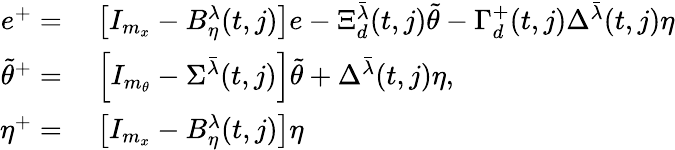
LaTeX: \begin{array}{rl}{e^{+}=}&{\ \big[I_{m_{x}}-B_{\eta}^{\lambda}(t,j)\big]e-\Xi_{d}^{\bar{\lambda}}(t,j)\tilde{\theta}-\Gamma_{d}^{+}(t,j)\Delta^{\bar{\lambda}}(t,j)\eta}\\ {\tilde{\theta}^{+}=}&{\ \Big[I_{m_{\theta}}-\Sigma^{\bar{\lambda}}(t,j)\Big]\tilde{\theta}+\Delta^{\bar{\lambda}}(t,j)\eta,}\\ {\eta^{+}=}&{\ \big[I_{m_{x}}-B_{\eta}^{\lambda}(t,j)\big]\eta}\end{array}